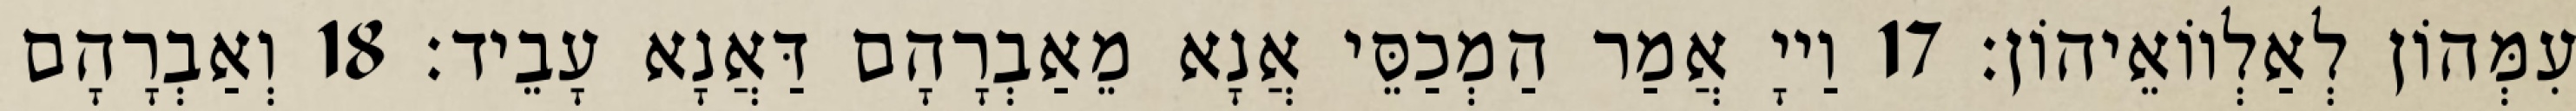
עִמְּהוֹן לְאַלְווֹאֵיהוֹן׃ 17 וַייָ אֲמַר הַמְכַסֵּי אֲנָא מֵאַבְרָהָם דַּאֲנָא עָבֵיד׃ 18 וְאַבְרָהָם